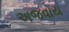
અજવાય